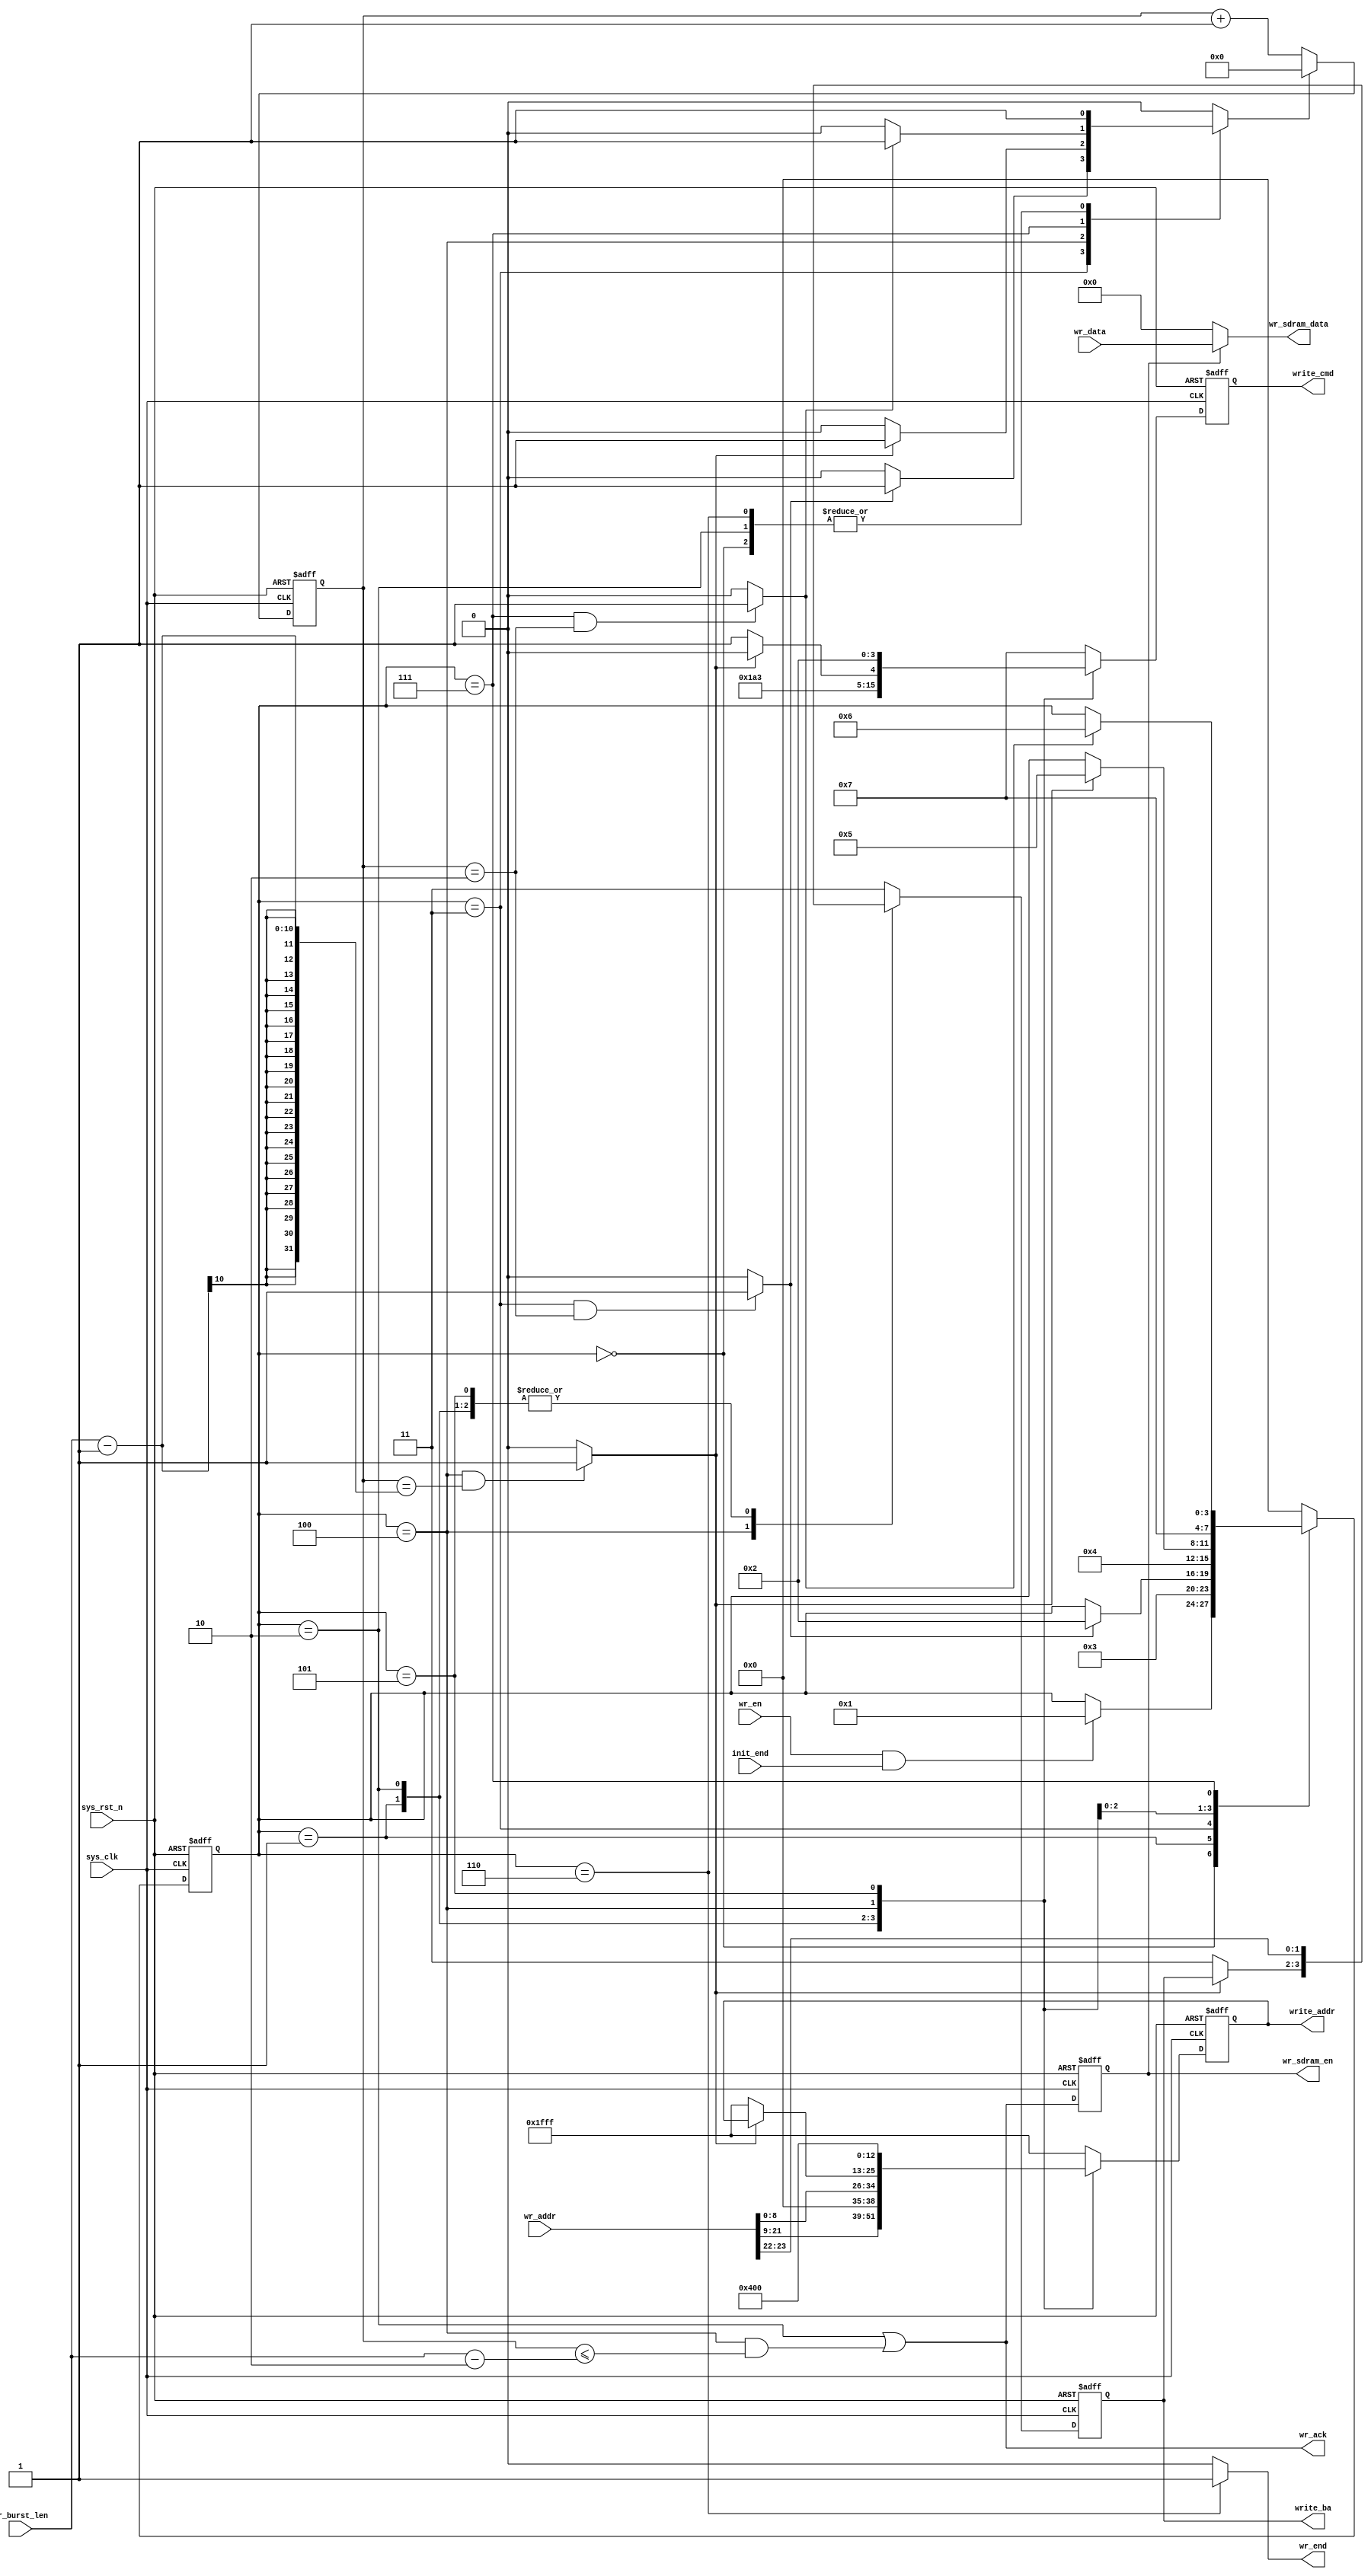
// -----------------------------------------------------------------------------
// Create : 2022-07-04 09:15:24
// -----------------------------------------------------------------------------

`timescale  1ns/1ns
module  sdram_write
(
    input   wire            sys_clk         ,   //,166MHz
    input   wire            sys_rst_n       ,   //,
    input   wire            init_end        ,   //
    input   wire            wr_en           ,   //
    input   wire    [23:0]  wr_addr         ,   //SDRAM
    input   wire    [15:0]  wr_data         ,   //SDRAM(FIFO)
    input   wire    [9:0]   wr_burst_len    ,   //SDRAM

    output  wire            wr_ack          ,   //SDRAM
    output  wire            wr_end          ,   //
    output  reg     [3:0]   write_cmd       ,   //sdram,{cs_n,ras_n,cas_n,we_n}
    output  reg     [1:0]   write_ba        ,   //Bank
    output  reg     [12:0]  write_addr      ,   //,,,A12-A0,13
    output  reg             wr_sdram_en     ,   //
    output  wire    [15:0]  wr_sdram_data       //SDRAM
);

//********************************************************************//
//****************** Parameter and Internal Signal *******************//
//********************************************************************//

//parameter     define
parameter   TRCD_CLK    =   'd2   ,   //
            TRP_CLK     =   'd2   ;   //


parameter   WR_IDLE     =   4'b0000 ,   //
            WR_ACTIVE   =   4'b0001 ,   //
            WR_TRCD     =   4'b0011 ,   //
            WR_WRITE    =   4'b0010 ,   //
            WR_DATA     =   4'b0100 ,   //
            WR_PRE      =   4'b0101 ,   //
            WR_TRP      =   4'b0111 ,   //
            WR_END      =   4'b0110 ;   //
parameter   NOP         =   4'b0111 ,   //
            ACTIVE      =   4'b0011 ,   //
            WRITE       =   4'b0100 ,   //
            B_STOP      =   4'b0110 ,   //
            P_CHARGE    =   4'b0010 ;   //

//wire  define
wire            trcd_end    ;   //
wire            twrite_end  ;   //
wire            trp_end     ;   //

//reg   define
reg     [3:0]   write_state ;   //SDRAM
reg     [9:0]   cnt_clk     ;   //,
reg             cnt_clk_rst ;   //

//********************************************************************//
//***************************** Main Code ****************************//
//********************************************************************//

//wr_end:
assign  wr_end = (write_state == WR_END) ? 1'b1 : 1'b0;

//wr_ack:SDRAM
assign  wr_ack = ( write_state == WR_WRITE)
                || ((write_state == WR_DATA) 
                && (cnt_clk <= (wr_burst_len - 2'd2)));

//cnt_clk:,
always@(posedge sys_clk or negedge sys_rst_n)
    if(sys_rst_n == 1'b0)
        cnt_clk <=  10'd0;
    else    if(cnt_clk_rst == 1'b1)
        cnt_clk <=  10'd0;
    else
        cnt_clk <=  cnt_clk + 1'b1;

//trcd_end,twrite_end,trp_end:
assign  trcd_end    =   ((write_state == WR_TRCD)
                        &&(cnt_clk == TRCD_CLK        )) ? 1'b1 : 1'b0;    //
assign  twrite_end  =   ((write_state == WR_DATA)
                        &&(cnt_clk == wr_burst_len - 1)) ? 1'b1 : 1'b0;    //
assign  trp_end     =   ((write_state == WR_TRP )
                        &&(cnt_clk == TRP_CLK         )) ? 1'b1 : 1'b0;    //

//write_state:SDRAM
always@(posedge sys_clk or negedge sys_rst_n)
    if(sys_rst_n == 1'b0)
            write_state <=  WR_IDLE;
    else
        case(write_state)
            WR_IDLE:
                if((wr_en ==1'b1) && (init_end == 1'b1))
                        write_state <=  WR_ACTIVE;
                else
                        write_state <=  write_state;
            WR_ACTIVE:
                write_state <=  WR_TRCD;
            WR_TRCD:
                if(trcd_end == 1'b1)
                    write_state <=  WR_WRITE;
                else
                    write_state <=  write_state;
            WR_WRITE:
                write_state <=  WR_DATA;
            WR_DATA:
                if(twrite_end == 1'b1)
                    write_state <=  WR_PRE;
                else
                    write_state <=  write_state;
            WR_PRE:
                write_state <=  WR_TRP;
            WR_TRP:
                if(trp_end == 1'b1)
                    write_state <=  WR_END;
                else
                    write_state <=  write_state;

            WR_END:
                write_state <=  WR_IDLE;
            default:
                write_state <=  WR_IDLE;
        endcase

//
always@(*)
    begin
        case(write_state)
            WR_IDLE:    cnt_clk_rst   <=  1'b1;
            WR_TRCD:    cnt_clk_rst   <=  (trcd_end == 1'b1) ? 1'b1 : 1'b0;
            WR_WRITE:   cnt_clk_rst   <=  1'b1;
            WR_DATA:    cnt_clk_rst   <=  (twrite_end == 1'b1) ? 1'b1 : 1'b0;
            WR_TRP:     cnt_clk_rst   <=  (trp_end == 1'b1) ? 1'b1 : 1'b0;
            WR_END:     cnt_clk_rst   <=  1'b1;
            default:    cnt_clk_rst   <=  1'b0;
        endcase
    end

//SDRAM
always@(posedge sys_clk or negedge sys_rst_n)
    if(sys_rst_n == 1'b0)
        begin
            write_cmd   <=  NOP;
            write_ba    <=  2'b11;
            write_addr  <=  13'h1fff;
        end
    else
        case(write_state)
            WR_IDLE,WR_TRCD,WR_TRP:
                begin
                    write_cmd   <=  NOP;
                    write_ba    <=  2'b11;
                    write_addr  <=  13'h1fff;
                end
            WR_ACTIVE:  //
                begin
                    write_cmd   <=  ACTIVE;
                    write_ba    <=  wr_addr[23:22];
                    write_addr  <=  wr_addr[21:9];
                end
            WR_WRITE:   //
                begin
                    write_cmd   <=  WRITE;
                    write_ba    <=  wr_addr[23:22];
                    write_addr  <=  {4'b0000,wr_addr[8:0]};
                end     
            WR_DATA:    //
                begin
                    if(twrite_end == 1'b1)
                        write_cmd <=  B_STOP;
                    else
                        begin
                            write_cmd   <=  NOP;
                            write_ba    <=  2'b11;
                            write_addr  <=  13'h1fff;
                        end
                end
            WR_PRE:     //
                begin
                    write_cmd   <= P_CHARGE;
                    write_ba    <= wr_addr[23:22];
                    write_addr  <= 13'h0400;
                end
            WR_END:
                begin
                    write_cmd   <=  NOP;
                    write_ba    <=  2'b11;
                    write_addr  <=  13'h1fff;
                end
            default:
                begin
                    write_cmd   <=  NOP;
                    write_ba    <=  2'b11;
                    write_addr  <=  13'h1fff;
                end
        endcase

//wr_sdram_en:
always@(posedge sys_clk or negedge sys_rst_n)
    if(sys_rst_n == 1'b0)
        wr_sdram_en <=  1'b0;
    else
        wr_sdram_en <=  wr_ack;

//wr_sdram_data:SDRAM
assign  wr_sdram_data = (wr_sdram_en == 1'b1) ? wr_data : 16'd0;

endmodule